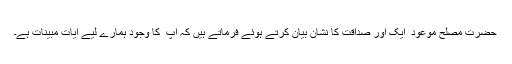
حضرت مصلح موعود ؓ ایک اور صداقت کا نشان بیان کرتے ہوئے فرماتے ہیں کہ آپ ؑ کا وجود ہمارے لیے آیات مبینات ہے۔